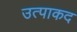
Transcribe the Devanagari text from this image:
उत्पाकद